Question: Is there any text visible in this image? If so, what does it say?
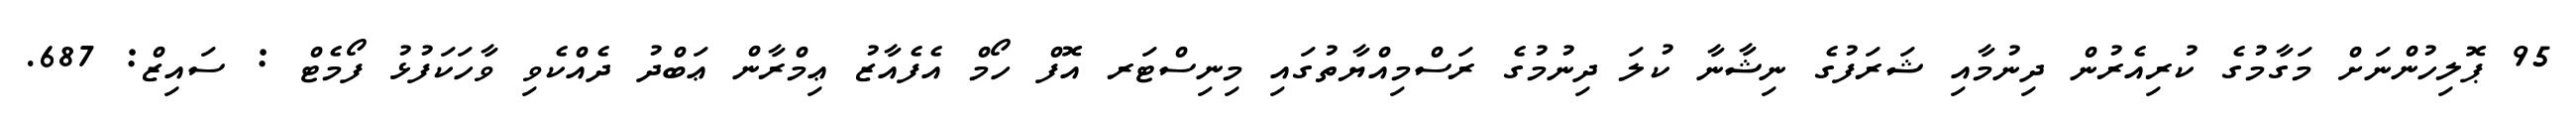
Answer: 95 ޕޮލިހުންނަށް މަގާމުގެ ކުރިއެރުން ދިނުމާއި ޝަރަފުގެ ނިޝާނާ ކުލަ ދިނުމުގެ ރަސްމިއްޔާތުގައި މިނިސްޓަރ އޮފް ހޯމް އެފެއާޒު ޢިމްރާން ޢަބްދު ދެއްކެވި ވާހަކަފުޅު ފޯމެޓް : ސައިޒް: 687.